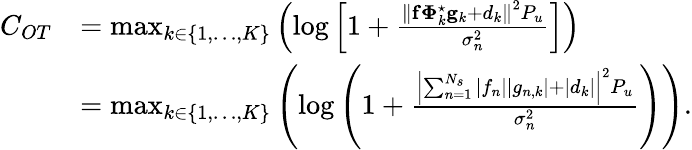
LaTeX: \begin{array}{rl}{C_{OT}}&{=\operatorname*{max}_{k\in\{ 1,\ldots,K\} }\left(\log\left[1+\frac{\left\| \mathbf{f}\boldsymbol{\Phi}_{k}^{\star}\mathbf{g}_{k}+d_{k}\right\| ^{2}P_{u}}{\sigma_{n}^{2}}\right]\right)}\\ &{=\operatorname*{max}_{k\in\{ 1,\ldots,K\} }\left(\log\left(1+\frac{\Bigl|\sum_{n=1}^{N_{s}}|f_{n}||g_{n,k}|+|d_{k}|\Bigr|^{2}P_{u}}{\sigma_{n}^{2}}\right)\right).}\end{array}